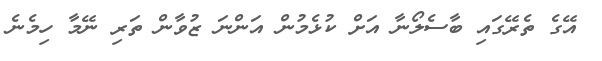
އޭގެ ތެރޭގައި ބާސެލޯނާ އަށް ކުޅެމުން އަންނަ ޒުވާން ތަރި ނޭމާ ހިމެނެ